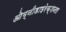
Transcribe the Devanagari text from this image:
ओम्नीडाइरेक्शनल